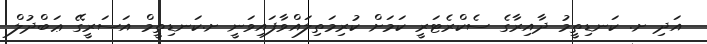
އަދި ށ. ކަނޑިތީމު ދާއިރާގެ ސެކްރެޓަރީ ކަމަށް ކުރިމަތިލައްވާފައިވަނީ ށ.ކަނޑިތީމް އަސަރީގޭ ޢަބްދުލް